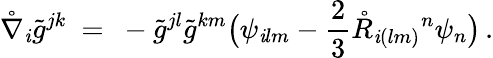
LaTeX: \mathring{\nabla}_{\mathit{i}}\tilde{{g}}^{jk}\ =\ -\tilde{{g}}^{jl}\tilde{{g}}^{km}\big(\psi_{\mathit{i}lm}-\frac{2}{3}\mathring{R}_{\mathit{i}(lm)}{}^{n}\psi_{n}\big)\, .